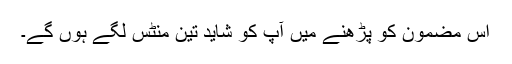
اس مضمون کو پڑھنے میں آپ کو شاید تین منٹس لگے ہوں گے۔